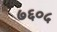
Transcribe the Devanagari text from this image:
७६०५